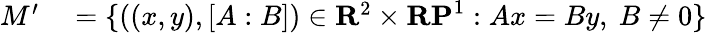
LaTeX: \begin{array}{rl}{M^{\prime}}&{{}=\{ ((x,y),[A:B])\in\mathbf{R}^{2}\times\mathbf{RP}^{1}:Ax=By,\ B\neq 0\} }\end{array}